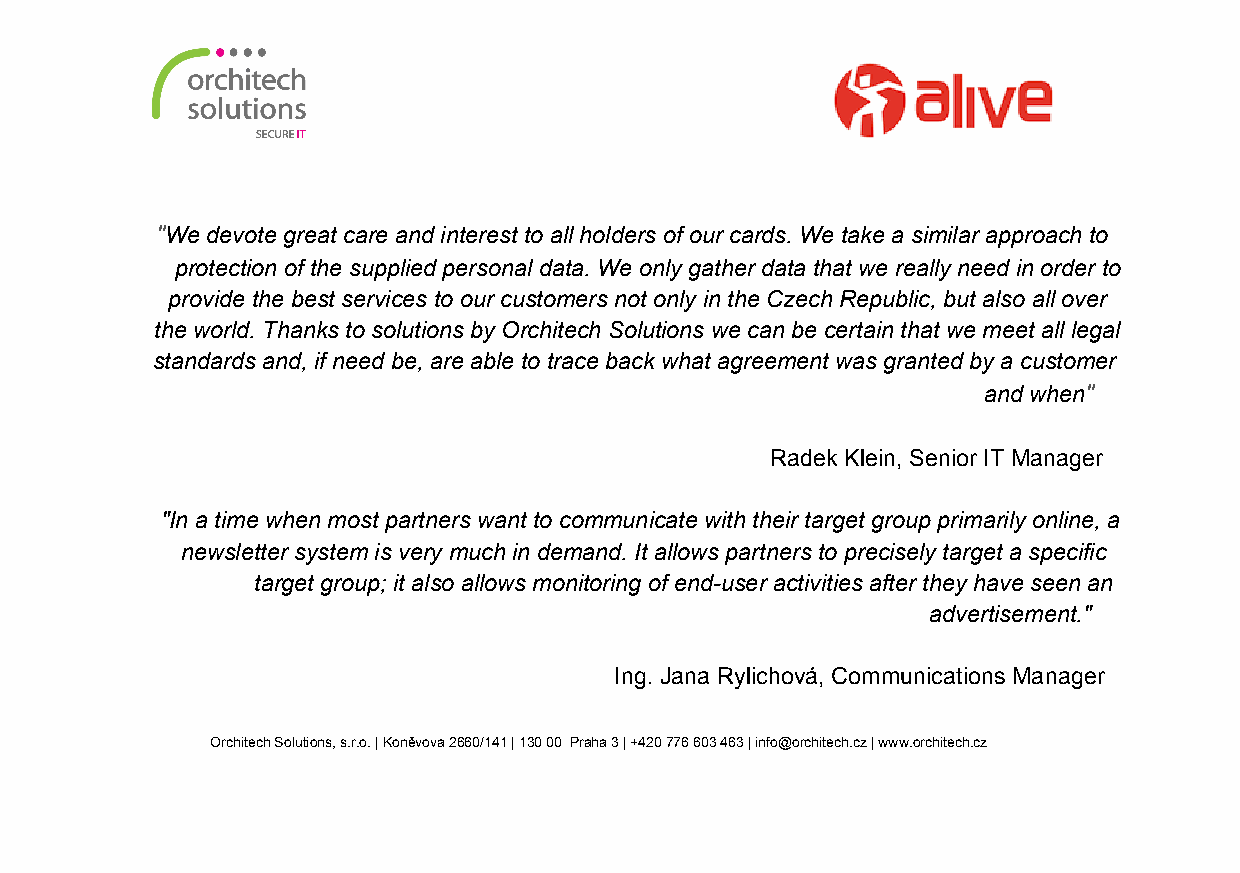
"We devote great care and interest to all holders of our cards. We take a similar approach to
 protection of the supplied personal data. We only gather data that we really need in order to
 provide the best services to our customers not only in the Czech Republic, but also all over
 the world. Thanks to solutions by Orchitech Solutions we can be certain that we meet all legal
 standards and, if need be, are able to trace back what agreement was granted by a customer
 and when"
 Radek Klein, Senior IT Manager
 "In a time when most partners want to communicate with their target group primarily online, a
 newsletter system is very much in demand. It allows partners to precisely target a specific
 target group; it also allows monitoring of end­user activities after they have seen an
 advertisement."
 Ing. Jana Rylichová, Communications Manager
 Orchitech Solutions, s.r.o. | Koněvova 2660/141 | 130 00 Praha 3 | +420 776 603 463 | info@orchitech.cz | www.orchitech.cz